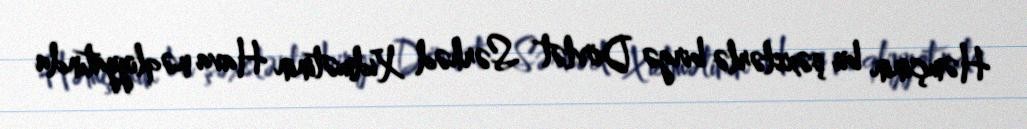
Həmçinin bu şəxslərlə birgə Dövlət Sərhəd Xidmətinin Hava nəqliyyatında